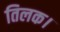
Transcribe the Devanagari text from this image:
तिलक।